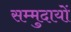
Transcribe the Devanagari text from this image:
सम्मुदायों